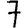
Digit: 7